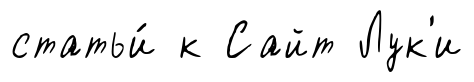
статьи́ к Сайт Лук'и